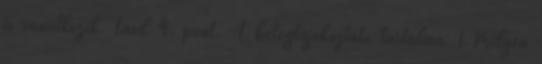
is vonatkozik. Lásd 4. pont. A betegtájékoztató tartalma: 1.Milyen